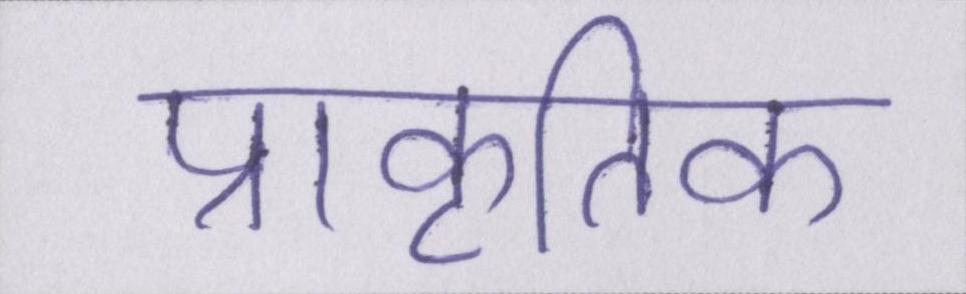
प्राकृतिक